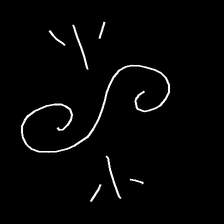
Glyph: wind-directs-air